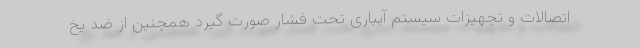
اتصالات و تجهیزات سیستم آبیاری تحت فشار صورت گیرد همچنین از ضد یخ